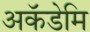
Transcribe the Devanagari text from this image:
अकॅडेमि